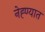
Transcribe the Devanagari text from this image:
नेह्ण्यात